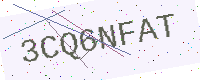
Text: 3CQ6NFAT